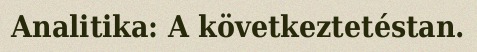
Analitika: A következtetéstan.